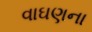
વાઘણના